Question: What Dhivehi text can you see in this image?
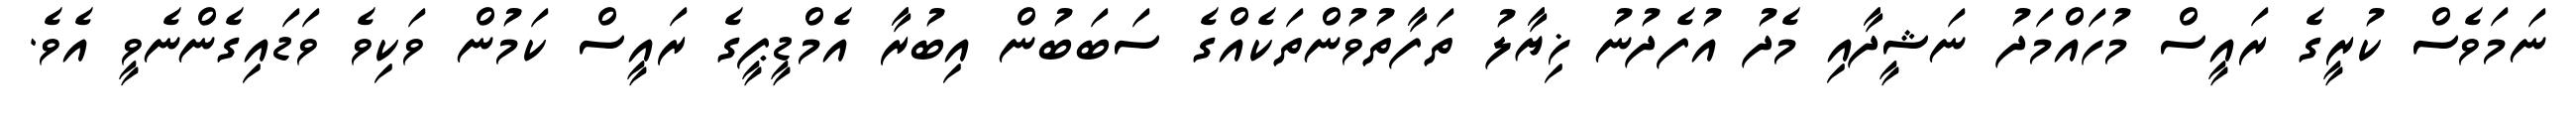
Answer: ނަމަވެސް ކުރީގެ ރައީސް މުހައްމަދު ނަޝީދާއި މެދު އުފެދުނު ޚިޔާލު ތަފާތުވުންތަކެއްގެ ސަބަބުން އިބުރާ އެމްޑީޕީގެ ރައީސް ކަމުން ވަކިވެ ވަޑައިގެންނެވީ އެވެ.